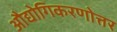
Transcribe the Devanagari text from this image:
औद्योगिकरणोत्तर